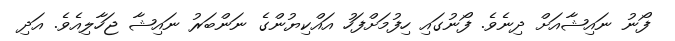
ފޯނު ނައިޝާއަށް ދިނެވެ. ފޯނުގައި ހިފުމަށްފަހު އައްކިޔުންގެ ނަންބަރު ނައިޝާ ޖަހާލިއެވެ. އަދި